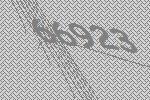
66923